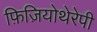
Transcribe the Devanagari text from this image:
फ़िज़ियोथेरेपी